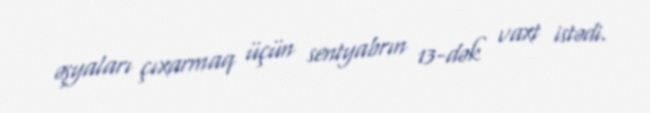
əşyaları çıxarmaq üçün sentyabrın 13-dək vaxt istədi.